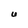
Character: U